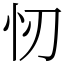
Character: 㣼